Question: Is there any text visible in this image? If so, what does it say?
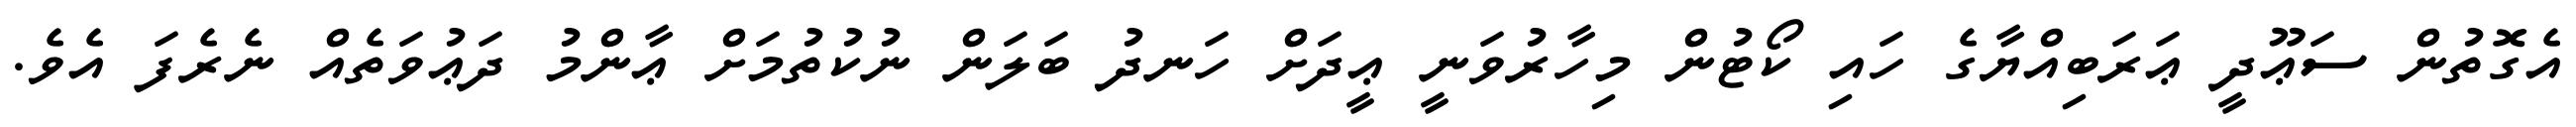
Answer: އެގޮތުން ސަޢޫދީ ޢަރަބިއްޔާގެ ހައި ކޯޓުން މިހާރުވަނީ ޢީދަށް ހަނދު ބަލަން ނުކުތުމަށް ޢާންމު ދަޢުވަތެއް ނެރެފަ އެވެ.